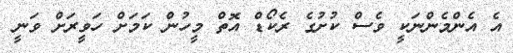
އެ އެންމެންނަކީ ވެސް ކުށުގެ ރެކޯޑް އޮތް މީހުން ކަމަށް ހަވީރަށް ވަނީ